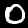
Digit: 0